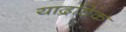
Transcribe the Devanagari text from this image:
याद्रछिक